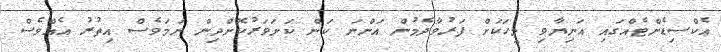
އެކްސިޑެންޓެއްގައި އަނިޔާވި މީހަކަށް ފަރުވާދެމުން އަންނަ ކަން ކަށަވަރުކޮށްދިން ނަމަވެސް އިތުރު އެއްވެސް